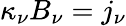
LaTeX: \kappa_{\nu}B_{\nu}=j_{\nu}